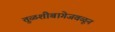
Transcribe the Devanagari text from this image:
तुळशीबागेजवळून